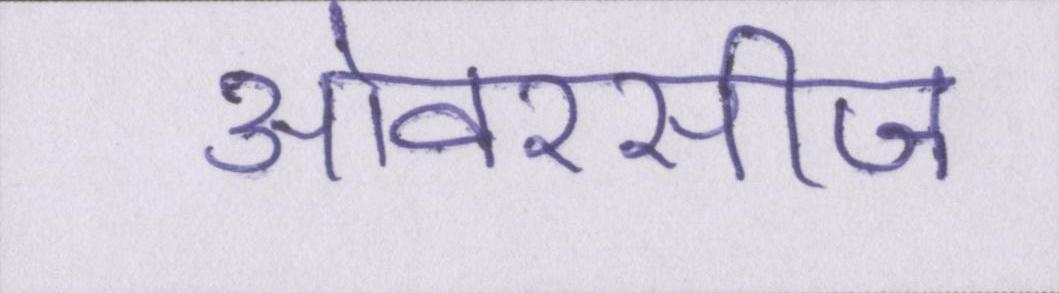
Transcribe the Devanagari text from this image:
ओवरसीज